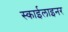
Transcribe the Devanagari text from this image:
स्काईलाइनर